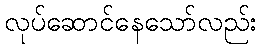
လုပ်ဆောင်နေသော်လည်း